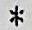
*